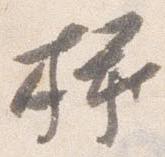
挿